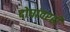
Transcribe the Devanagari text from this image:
दोघांवरही